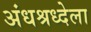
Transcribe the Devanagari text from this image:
अंधश्रध्देला